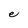
Character: e